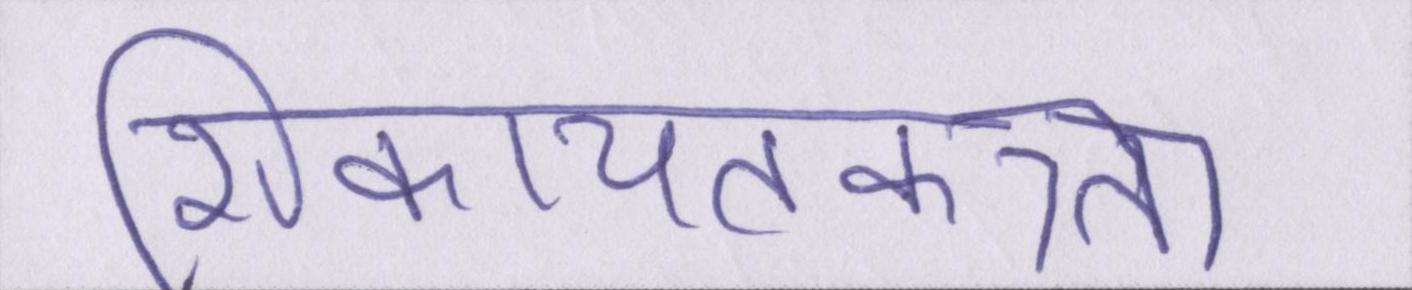
शिकायतकत्र्ता